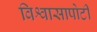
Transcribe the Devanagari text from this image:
विश्वासापोटी